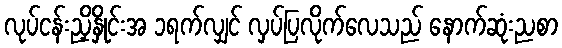
လုပ်ငန်းညှိနှိုင်းအ ၁ရက်လျှင် လှပ်ပြလိုက်လေသည် နောက်ဆုံးညစာ